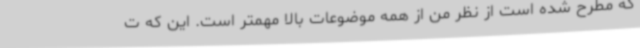
که مطرح شده است از نظر من از همه موضوعات بالا مهمتر است. این که ت